Report of the Indian Hemp Drugs Commission, 1894-1895 - Volume VI
Year: 1894
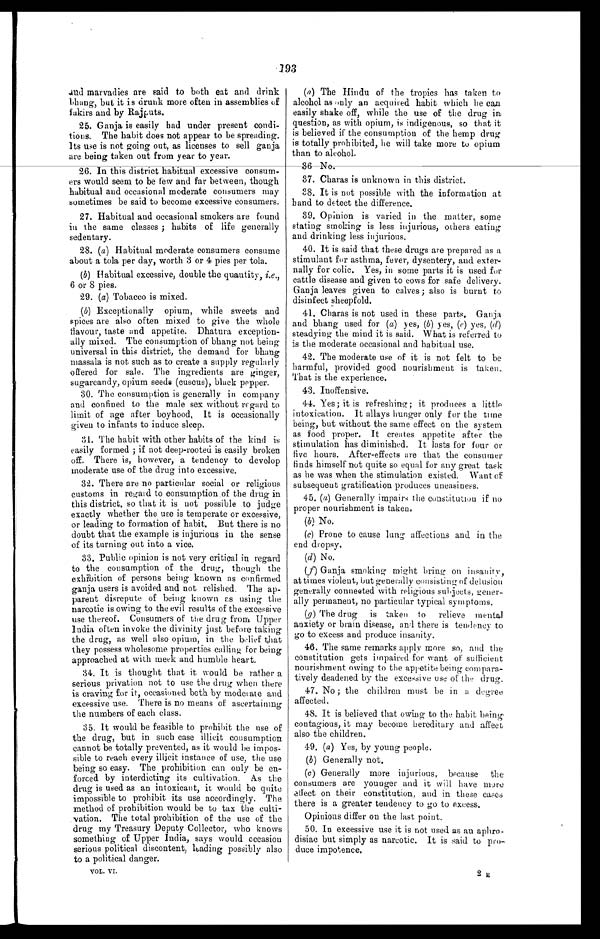
193
and marvadies are said to both eat and drink
bhang, but it is drunk more often in assemblies of
fakirs and by Rajputs.
25. Ganja is easily had under present condi-
tions. The habit does not appear to be spreading.
Its use is not going out, as licenses to sell ganja
are being taken out from year to year.
26. In this district habitual excessive consum
- e r s w o u l d s e e m t o b e f e w a n d f a r b e t w e e n , t h o u g h
habitual and occasional moderate consumers may
sometimes be said to become excessive consumers.
27. Habitual and occasional smokers are found
in the same classes; habits of life generally
sedentary.
28. (a) Habitual moderate consumers consume
about a tola per day, worth 3 or 4 pies per tola.
(b) Habitual excessive, double the quantity, i.e.,
6 or 8 pies.
29. (a) Tobacco is mixed.
(b) Exceptionally opium, while sweets and
spices are also often mixed to give the whole
flavour, taste and appetite. Dhatura exception-
-ally mixed. The consumption of bhang not being
universal in this district, the demand for bhang
massala is not such as to create a supply regularly
offered for sale. The ingredients are ginger,
sugarcandy, opium seeds (cuscus), black pepper.
30. The consumption is generally in company
and confined to the male sex without regard to
limit of age after boyhood. It is occasionally
given to infants to induce sleep.
31. The habit with other habits of the kind is
easily formed; if not deep-rooted is easily broken
off. There is, however, a tendency to develop
moderate use of the drug into excessive.
32. There are no particular social or religious
customs in regard to consumption of the drug in
this district, so that it is not possible to judge
exactly whether the use is temperate or excessive,
or leading to formation of habit. But there is no
doubt that the example is injurious in the sense
of its turning out into a vice.
33. Public opinion is not very critical in regard
to the consumption of the drug, though the
exhibition of persons being known as confirmed
ganja users is avoided and not relished. The ap
-parent disrepute of being known as using the
narcotic is owing to the evil results of the excessive
use thereof. Consumers of the drug from Upper
India often invoke the divinity just before taking
the drug, as well also opium, in the belief that
they possess wholesome properties calling for being
approached at with meek and humble heart.
34. It is thought that it would be rather a
serious privation not to use the drug when there
is craving for it, occasioned both by moderate and
excessive use. There is no means of ascertaining
the numbers of each class.
35. It would be feasible to prohibit the use of
the drug, but in such case illicit consumption
cannot be totally prevented, as it would be impos-
-sible to reach every illicit instance of use, the use
being so easy. The prohibition can only be en-
-forced by interdicting its cultivation. As the
drug is used as an intoxicant, it would be quite
impossible to prohibit its use accordingly. The
method of prohibition would be to tax the
culti-vation. The total prohibition of the use of the
drug my Treasury Deputy Collector, who knows
something of Upper India, says would occasion
serious political discontent, leading possibly also
to a political danger.
(a) The Hindu of the tropics has taken to
alcohol as only an acquired habit which he can
easily shake off, while the use of the drug in
question, as with opium, is indigenous, so that it
is believed if the consumption of the hemp drug
is totally prohibited, he will take more to opium
than to alcohol.
36 No.
37. Charas is unknown in this district.
38. It is not possible with the information at
hand to detect the difference.
39. Opinion is varied in the matter, some
stating smoking is less injurious, others eating
and drinking less injurious.
40. It is said that these drugs are prepared as a
stimulant for asthma, fever, dysentery, and exte
r - n a l l y f o r c o l i c . Y e s , i n s o m e p a r t s i t i s u s e df
o r
cattle disease and given to cows for safe delivery.
Ganja leaves given to calves; also is burnt to
disinfect sheepfold.
41.
Charas is not used in these parts. Ganja
and bhang used for ( a) yes, (b) yes, (e) yes, (d)
steadying the mind it is said. What is referred to
is the moderate occasional and habitual use.
42. The moderate use of it is not felt to be
harmful, provided good nourishment is taken.
That is the experience.
43. Inoffensive.
44. Yes; it is refreshing; it produces a little
intoxication. It allays hunger only for the time
being, but without the same effect on the system
as food proper. It creates appetite after the
stimulation has diminished. It lasts for four or
five hours. After-effects are that the consumer
finds himself not quite so equal for any great task
as he was when the stimulation existed. Want of
subsequent gratification produces uneasiness.
45. ( a) Generally impairs the constitution if no
proper nourishment is taken.
(b) No.
(c) Prone to cause lung affections and, in the
end dropsy.
(d ) No.
(f) Ganja smoking might bring on insanity,
at times violent, but generally consisting of delusion
generally connected with religious subjects, gener-
ally permanent, no particular typical symptoms.
(g) The drug is taken to relieve mental
anxiety or brain disease, and there is tendency to
go to excess and produce insanity.
46. The same remarks apply more so, and the
constitution gets impaired for want of sufficient
nourishment owing to the appetite being compara-
tively deadened by the excessive use of the drug.
47. No; the children must be in a degree
affected.
48. It is believed that owing to the habit, being
contagious, it may become hereditary and affect
also the children.
49. (a ) Yes, by young people.
(b) Generally not.
(c) Generally more injurious, because the
consumers are younger and it will have more
effect on their constitution, and in these cases
there is a greater tendency to go to excess.
Opinions differ on the last point.
50. In excessive use it is not used as an aphro-
-disiac but simply as narcotic. It is said to pro
- d u c e i m p o t e n c e .
VOL. VI.
2 E